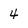
Character: 4